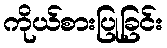
ကိုယ်စားပြုခြင်း